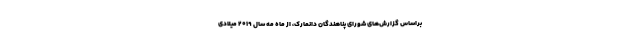
براساس گزارش‌های شورای پناهندگان دانمارک، از ماه مه سال ۲۰۱۹ میلادی